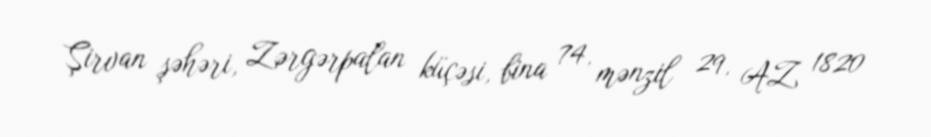
Şirvan şəhəri, Zərgərpalan küçəsi, bina 74, mənzil 29, AZ 1820